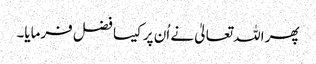
پھر اللہ تعالیٰ نے اُن پر کیسا فضل فرمایا۔